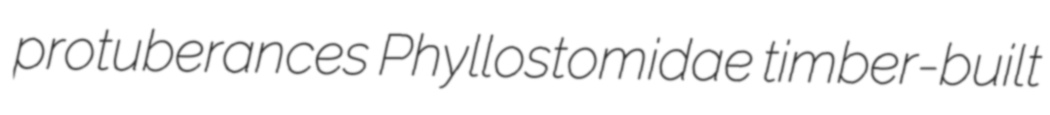
protuberances Phyllostomidae timber-built